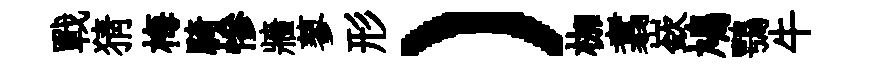
戰猜梅騎慘牆蓼形）枷翥嶔鳩鶚牛